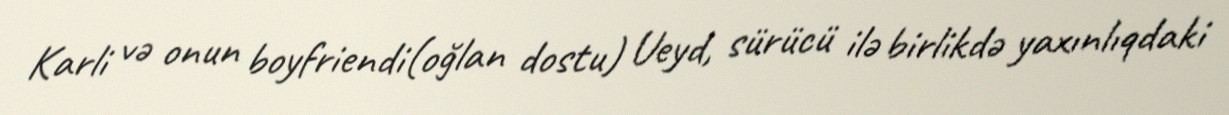
Karli və onun boyfriendi(oğlan dostu) Ueyd, sürücü ilə birlikdə yaxınlıqdaki